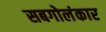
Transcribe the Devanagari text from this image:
सबगोलंकार